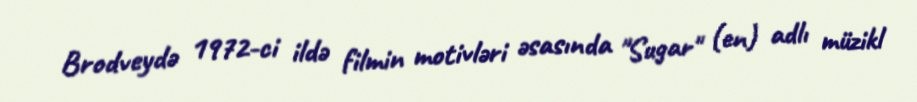
Brodveydə 1972-ci ildə filmin motivləri əsasında "Sugar" (en) adlı müzikl